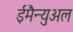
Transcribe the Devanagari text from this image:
ईमैन्युअल